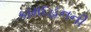
કામદહનની